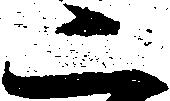
二